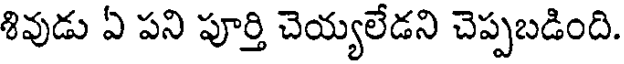
శివుడు ఏ పని పూర్తి చెయ్యలేడని చెప్పబడింది.